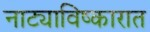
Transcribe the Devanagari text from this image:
नाट्याविष्कारात